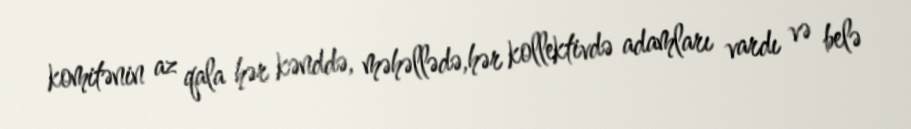
komitənin az qala hər kənddə, məhəllədə,hər kollektivdə adamları vardı və belə